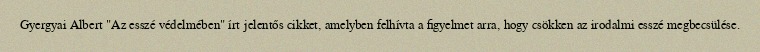
Gyergyai Albert "Az esszé védelmében" írt jelentős cikket, amelyben felhívta a figyelmet arra, hogy csökken az irodalmi esszé megbecsülése.